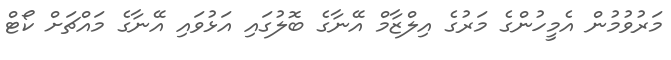
މަރުވުމުން އެމީހުންގެ މަރުގެ އިލްޒާމް އޭނާގެ ބޮލުގައި އަޅުވައި އޭނާގެ މައްޗަށް ކޯޓް